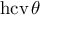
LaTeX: \operatorname { h c v } \theta